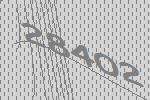
28402